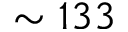
\sim 1 3 3